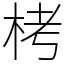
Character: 栲